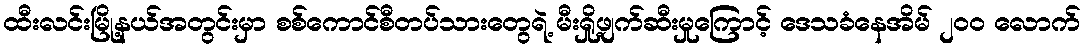
ထီးလင်းမြို့နယ်အတွင်းမှာ စစ်ကောင်စီတပ်သားတွေရဲ့ မီးရှို့ဖျက်ဆီးမှုကြောင့် ဒေသခံနေအိမ် ၂၀၀ လောက်